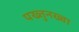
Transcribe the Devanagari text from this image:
पख्तुनख्वा